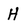
Character: H